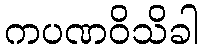
ကပဏဝိသိခါ